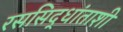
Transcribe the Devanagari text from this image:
रससिद्धांताशी